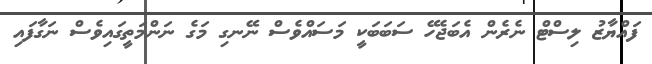
ފައްޔާޒު ލިސްޓް ނެރެން އެބަޖެހޭ ސަބަބަކީ މަސައްވެސް ނޭނގި މަގެ ނަންމަތީގައިވެސް ނަގާފައި